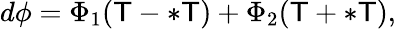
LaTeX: d\phi=\Phi_{1}(\mathsf{T}-\ast\mathsf{T})+\Phi_{2}(\mathsf{T}+\ast\mathsf{T}),